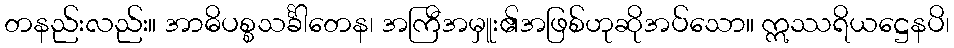
တနည်းလည်း။ အာဓိပစ္စသင်္ခါတေန၊ အကြီအမှူး၏အဖြစ်ဟုဆိုအပ်သော။ ဣဿရိယဋ္ဌေနပိ၊